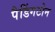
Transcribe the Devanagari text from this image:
पैडिंगटोन